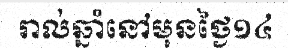
រាល់ឆ្នាំនៅមុនថ្ងៃ១៤